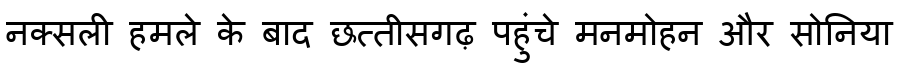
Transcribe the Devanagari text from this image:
नक्सली हमले के बाद छत्तीसगढ़ पहुंचे मनमोहन और सोनिया